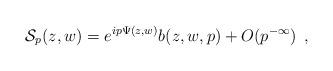
LaTeX: \begin{align*}\mathcal{S}_p(z,w)=e^{ip\Psi(z,w)}b(z,w,p)+O(p^{-\infty})\:\:,\end{align*}